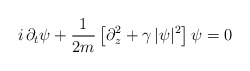
\begin{align*}i\,\partial_{t} \psi + \frac{1}{2 m}\left[\partial_{z}^{2} +\gamma \, |\psi|^{2} \right] \psi = 0 \end{align*}